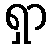
ရှာ